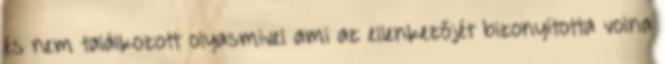
és nem találkozott olyasmivel ami az ellenkezőjét bizonyította volna